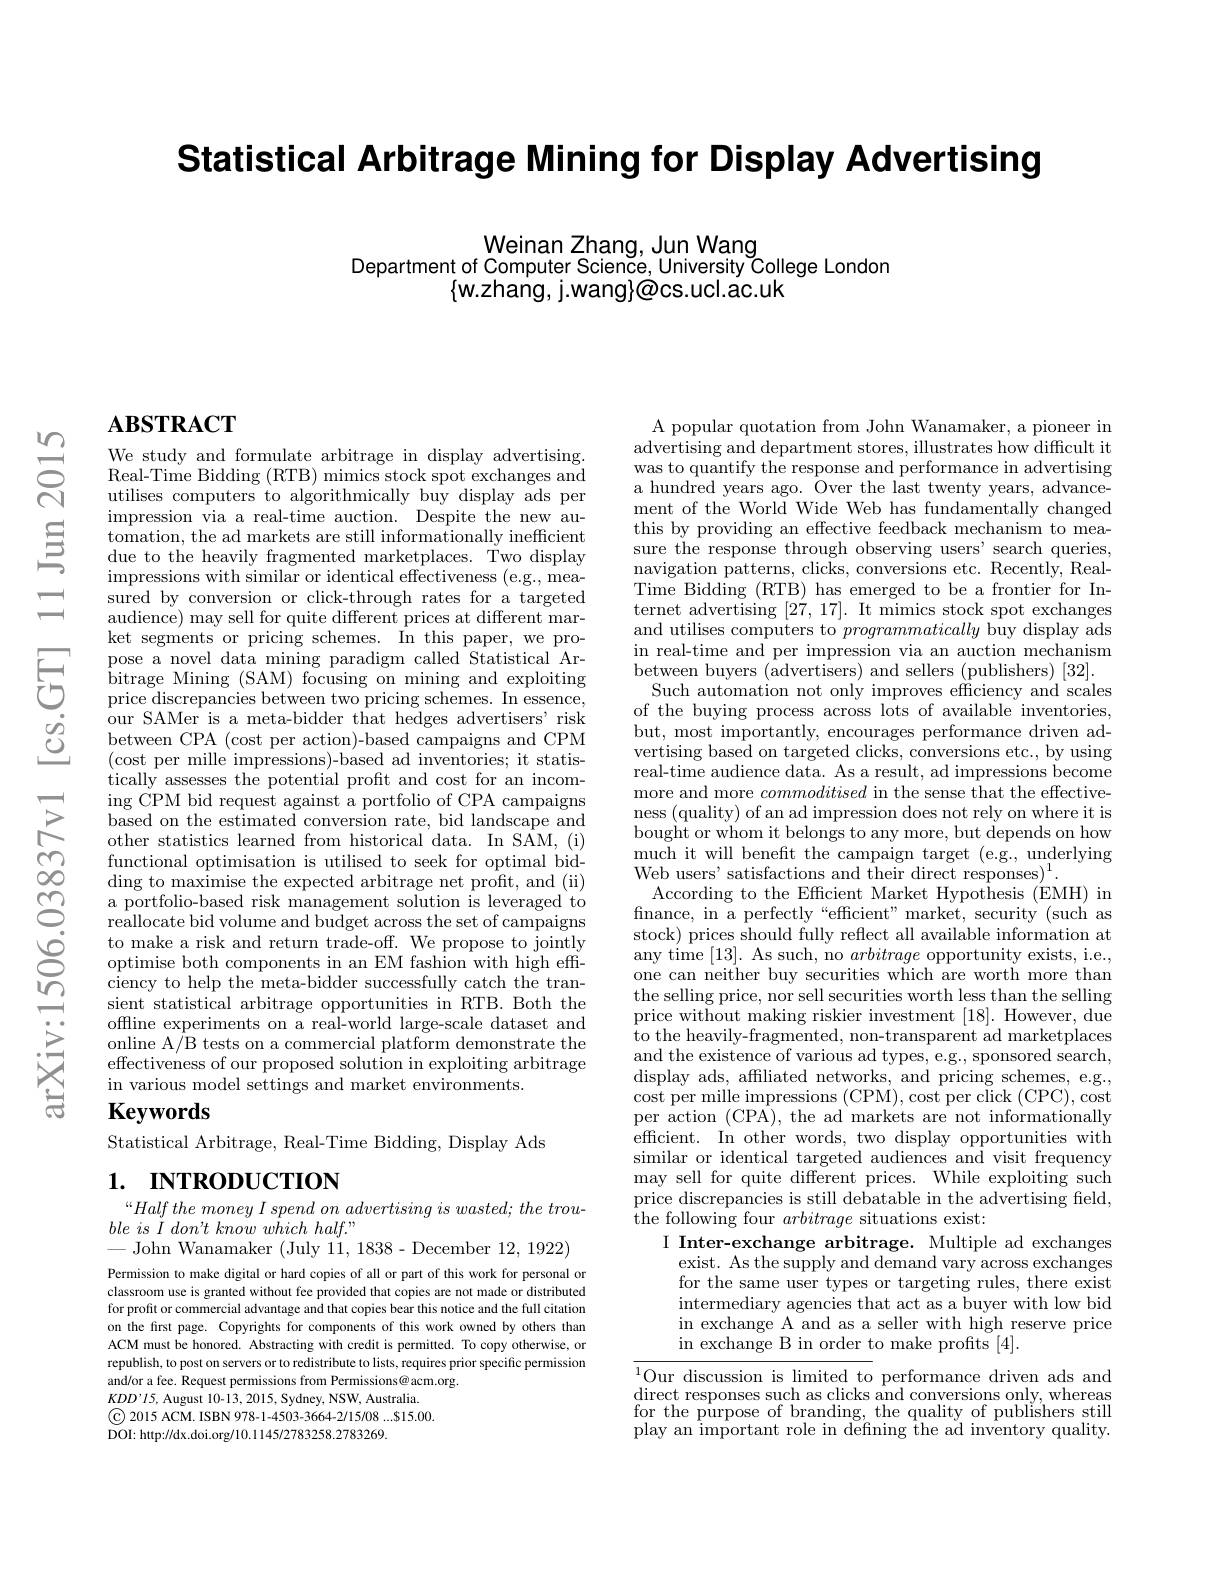
Statistical Arbitrage Mining for Display Advertising

Weinan Zhang, Jun Wang
Department of Computer Scienče, University Čollege London
$\{$w.zhang, j.wang}@cs.ucl.ac.uk

# $\mathbf{ABSTRACT}$

We study and formulate arbitrage in display advertising Real-Time Bidding (RTB) mimics stock spot exchanges and utilises computers to algorithmically buy display ads per impression via a real-time auction. Despite the new automation, the ad markets are still informationally inefficient due to the heavily fragmented marketplaces. Two display impressions with similar or identical effectiveness (e.g., measured by conversion or click-through rates for a targeted audience) may sell for quite different prices at different market segments or pricing schemes. In this paper, we pro-
pose a novel data mining paradigm called Statistical Ar- bitrage Mining ( SAM) focusing on mining and exploiting price discrepancies between two pricing schemes. In essence, our SAMer is a meta- bidder that hedges advertisers' risk
between CPA (cost per action)-based campaigns and CPM (cost per mille impressions)-based ad inventories; it statistically assesses the potential proft and cost for an incom- $\operatorname{ing}$CPM bid request against a portfolio of CPA campaigns based on the estimated conversion rate, bid landscape and other statistics learned from historical data. In SAM, (i) functional optimisation is utilised to seek for optimal bidding to maximise the expected arbitrage net profit, and (ii) a portfolio-based risk management solution is leveraged to reallocate bid volume and budget across the set of campaigns to make a risk and return trade-off. We propose to jointly optimise both components in an EM fashion with high effciency to help the meta-bidder successfully catch the transient statistical arbitrage opportunities in RTB. Both the offine experiments on a real-world large-scale dataset and $\operatorname*{online~A/B~tests~on~a~commercial~platform~demonstrate~the}$ effectiveness of our proposed solution in exploiting arbitrage in various model settings and market environments.
$\mathbf{Keywords}$

Statistical Arbitrage, Real-Time Bidding, Display Ads

# 1. INTRODUCTION

“Half the money I spend on advertising is wasted; the trou-
$ble\textit{ is \" {I}don' t know which half. " }$
-John Wanamaker (July $1\ddot{1},1838$- December 12,1922) Permission to make digital or hard copies of all or part of this work for personal or

classroom use is granted without fee provided that copies are not made or distributed for profit or commercial advantage and that copies bear this notice and the full citation on the first page. Copyrights for components of this work owned by others than ACM must be honored. Abstracting with credit is permitted. To copy otherwise, or republish, to post on servers or to redistribute to lists, requires prior specific permission and/or a fee. Request permissions from Permissions@acm.org.
$KDD^{\prime}I5$, August 10-13, 2015, Sydney, NSW, Australia. $\textcircled{\mathrm{C}}$ 2015 ACM. ISBN 978-1-4503-3664-2/15/08...815.00. $\bar{\mathrm{DOI:~http://dx.doi.org/10.1145/2783258.2783269.}}$

A popular quotation from John Wanamaker, a pioneer in advertising and department stores, illustrates how difficult it was to quantify the response and performance in advertising a hundred years ago. Over the last twenty years, advancement of the World Wide Web has fundamentally changed this by providing an effective feedback mechanism to measure the response through observing users' search queries, $\bar{\text{navigation patterns, clicks, conversions etc. Recently, Real-}}$ Time Bidding (RTB) has emerged to be a frontier for Internet advertising $[2\dot{7},17].$ It mimics stock spot exchanges and utilises computers to programmatically buy display ads in real-time and per impression via an auction mechanism between buyers (advertisers) and sellers (publishers) [32].
Such automation not only improves efficiency and scales of the buying process across lots of available inventories, but, most importantly, encourages performance driven advertising based on targeted clicks, conversions etc., by using real-time audience data. As a result, ad impressions become more and more commoditised in the sense that the effectiveness (quality) of an ad impression does not rely on where it is bought or whom it belongs to any more, but depends on how ${\mathrm{much~it~will~benefit~the~campaign~target~(e.g.,~underlying}}$ Web users' satisfactions and their direct responses)$^1.$
According to the Efficient Market Hypothesis (EMH) in finance, in a perfectly“efficient”market, security (such'as stock) prices should fully reflect all available information at any time [13]. As such, no arbitrage opportunity exists, i.e., one can neither buy securities which are worth more than the selling price, nor sell securities worth less than the selling price without making riskier investment [18]. However, due to the heavily-fragmented, non-transparent ad marketplaces and the existence of various ad types, e.g., sponsored search, display ads, affiliated networks, and pricing schemes, e.g., cost per mille impressions (CPM),cost per click (CPC),cost per action (CPA), the ad markets are not informationally efficient. In other words, two display opportunities with similar or identical targeted audiences and visit frequency may sell for quite different prices. While exploiting such price discrepancies is still debatable in the advertising field, the following four arbitrage situations exist:
I Inter-exchange arbitrage. Multiple ad exchanges exist. As the supply and demand vary across exchanges for the same user types or targeting rules, there exist intermediary agencies that act as a buyer with low bid in exchange A and as a seller with high reserve price in exchange B in order to make profits [ 4] .
$^{1}$Our discussion is limited to performance driven ads and

$\operatorname*{direct}_{c\text{l}}$responses such as clicks and conversions only, whereas for the purpose of branding, the quality of publishers still play an important role in defining fhe ad inventory quality.